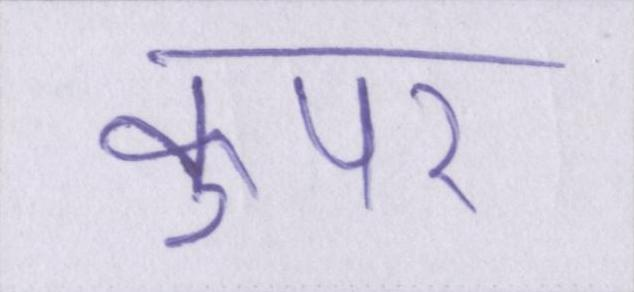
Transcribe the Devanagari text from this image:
कुपर